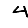
Digit: 4